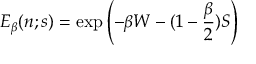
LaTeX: E _ { \beta } ( n ; s ) = \exp \left( - \beta W - ( 1 - { \frac { \beta } { 2 } } ) S \right)